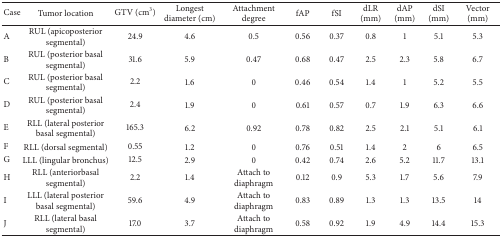
<table><thead><tr><td><b>Case</b></td><td><b>Tumor location</b></td><td><b>GTV (cm<sup>3</sup>)</b></td><td><b>Longest diameter (cm)</b></td><td><b>Attachment degree</b></td><td><b>fAP</b></td><td><b>fSI</b></td><td><b>dLR (mm)</b></td><td><b>dAP (mm)</b></td><td><b>dSI (mm)</b></td><td><b>Vector (mm)</b></td></tr></thead><tbody><tr><td>A</td><td>RUL (apicoposterior segmental)</td><td>24.9</td><td>4.6</td><td>0.5</td><td>0.56</td><td>0.37</td><td>0.8</td><td>1</td><td>5.1</td><td>5.3</td></tr><tr><td>B</td><td>RUL (posterior basal segmental) </td><td>31.6</td><td>5.9</td><td>0.47</td><td>0.68</td><td>0.47</td><td>2.5</td><td>2.3</td><td>5.8</td><td>6.7</td></tr><tr><td>C</td><td>RUL (posterior basal segmental)</td><td>2.2</td><td>1.6</td><td>0</td><td>0.46</td><td>0.54</td><td>1.4</td><td>1</td><td>5.2</td><td>5.5</td></tr><tr><td>D</td><td>RUL (posterior basal segmental) </td><td>2.4</td><td>1.9</td><td>0</td><td>0.61</td><td>0.57</td><td>0.7</td><td>1.9</td><td>6.3</td><td>6.6</td></tr><tr><td>E</td><td>RLL (lateral posterior basal segmental)</td><td>165.3</td><td>6.2</td><td>0.92</td><td>0.78</td><td>0.82</td><td>2.5</td><td>2.1</td><td>5.1</td><td>6.1</td></tr><tr><td>F</td><td>RLL (dorsal segmental)</td><td>0.55</td><td>1.2</td><td>0</td><td>0.76</td><td>0.51</td><td>1.4</td><td>2</td><td>6</td><td>6.5</td></tr><tr><td>G</td><td>LLL (lingular bronchus)</td><td>12.5</td><td>2.9</td><td>0</td><td>0.42</td><td>0.74</td><td>2.6</td><td>5.2</td><td>11.7</td><td>13.1</td></tr><tr><td>H</td><td>RLL (anteriorbasal segmental)</td><td>2.2</td><td>1.4</td><td>Attach to diaphragm</td><td>0.12</td><td>0.9</td><td>5.3</td><td>1.7</td><td>5.6</td><td>7.9</td></tr><tr><td>I</td><td>LLL (lateral posterior basal segmental)</td><td>59.6</td><td>4.9</td><td>Attach to diaphragm</td><td>0.83</td><td>0.89</td><td>1.3</td><td>1.3</td><td>13.5</td><td>14</td></tr><tr><td>J</td><td>RLL (lateral basal segmental)</td><td>17.0</td><td>3.7</td><td>Attach to diaphragm</td><td>0.58</td><td>0.92</td><td>1.9</td><td>4.9</td><td>14.4</td><td>15.3</td></tr></tbody></table>